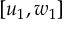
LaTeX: [ u _ { 1 } , w _ { 1 } ]